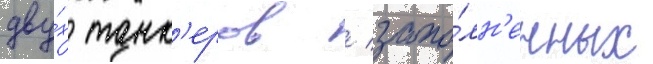
дву́х танк'еров / запо́лн'енных